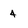
Character: 4